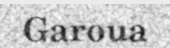
Garoua